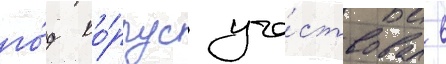
го́д ко́рпус уча́ствовал в